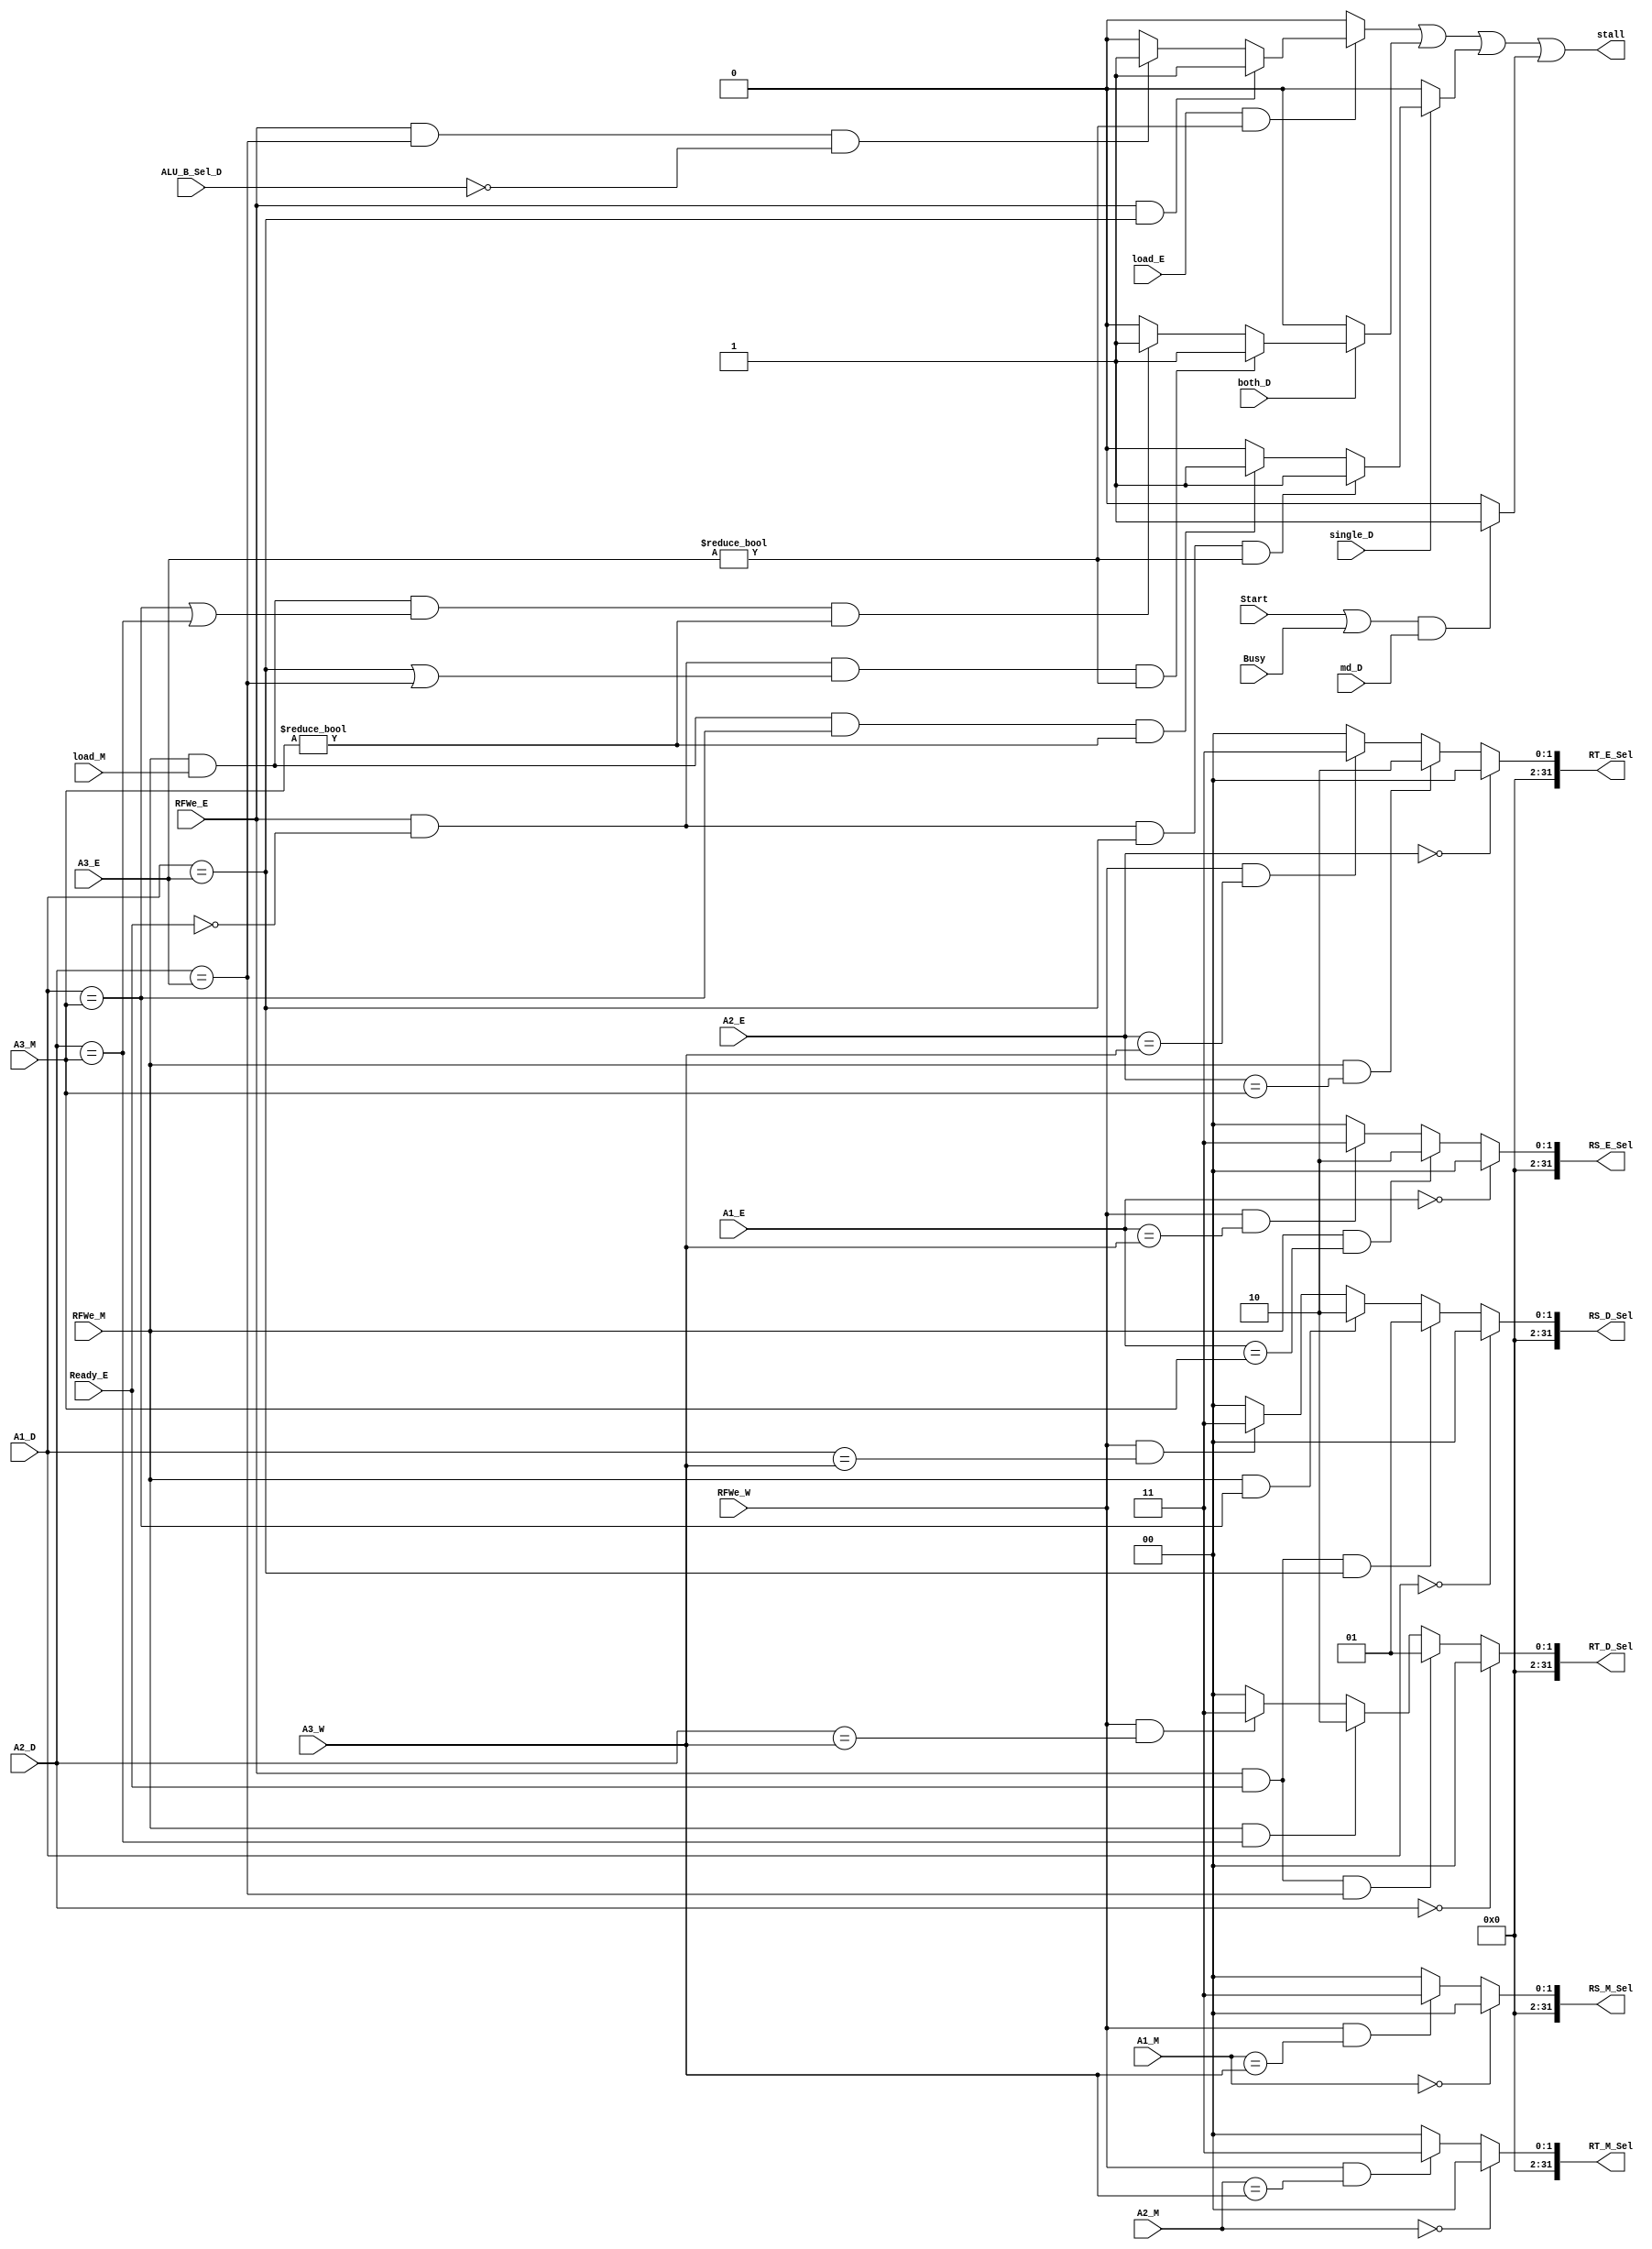
module HARZARD_CTRL(A1_D,A2_D,ALU_B_Sel_D,both_D,single_D,md_D,A1_E,A2_E,A3_E,RFWe_E,Ready_E,load_E,Start,Busy,A1_M,A2_M,A3_M,RFWe_M,load_M,A3_W,RFWe_W,RS_D_Sel,RT_D_Sel,RS_E_Sel,RT_E_Sel,RS_M_Sel,RT_M_Sel,stall);
//Input
//D
    input [4:0] A1_D;
    input [4:0] A2_D;
    input [31:0] ALU_B_Sel_D; //judge whether A2 will be used to accelerate stall_load 
    input both_D;             //Ins_D needs to access both rs and rt
    input single_D;           //Ins_D only needs to access rs
    input md_D;

//E
    input [4:0] A1_E;
    input [4:0] A2_E;
    input [4:0] A3_E;  //reg to write in level EXE
    input RFWe_E;
    input Ready_E;     //forward E to D if ready
    input load_E;      //Ins_E needs to load value from DM
    input Start;
    input Busy;

//M
	input [4:0] A1_M;
    input [4:0] A2_M;
    input [4:0] A3_M;
    input RFWe_M;
	input load_M;

//W
    input [4:0] A3_W;
    input RFWe_W;

//Output
    output reg [31:0] RS_D_Sel;
    output reg [31:0] RT_D_Sel;
    output reg [31:0] RS_E_Sel;
    output reg [31:0] RT_E_Sel;
	output reg [31:0] RS_M_Sel;
    output reg [31:0] RT_M_Sel;

    output stall;

//Forward
    always @(*)
        begin
            RS_D_Sel=0;     //avoid latch
            RT_D_Sel=0;
            RS_E_Sel=0;
            RT_E_Sel=0;
			RS_M_Sel=0;
            RT_M_Sel=0;
        
            //RS_D
            if(A1_D==0)RS_D_Sel=0;          //forward $0 (i.e. RD1 originally)
            else if(RFWe_E&&Ready_E&&A1_D==A3_E)RS_D_Sel=1;   //RF_WD_E
            else if(RFWe_M&&A1_D==A3_M)RS_D_Sel=2;            //RF_WD_M
            else if(RFWe_W&&A1_D==A3_W)RS_D_Sel=3;            //RF_WD_W

            //RT_D
            if(A2_D==0)RT_D_Sel=0;         //forward $0
            else if(RFWe_E&&Ready_E&&A2_D==A3_E)RT_D_Sel=1;   //RF_WD_E
            else if(RFWe_M&&A2_D==A3_M)RT_D_Sel=2;            //RF_WD_M
            else if(RFWe_W&&A2_D==A3_W)RT_D_Sel=3;            //RF_WD_W

            //RS_E
            if(A1_E==0)RS_E_Sel=0;         //forward $0
            else if(RFWe_M&&A1_E==A3_M)RS_E_Sel=2;            //RF_WD_M
            else if(RFWe_W&&A1_E==A3_W)RS_E_Sel=3;            //RF_WD_W

            //RT_E
            if(A2_E==0)RT_E_Sel=0;         //forward $0
            else if(RFWe_M&&A2_E==A3_M)RT_E_Sel=2;            //RF_WD_M
            else if(RFWe_W&&A2_E==A3_W)RT_E_Sel=3;            //RF_WD_W

			//RS_M
			if(A1_M==0)RS_M_Sel=0;		   //forward $0
			else if(RFWe_W&&A1_M==A3_W)RS_M_Sel=3;			  //RF_WD_W

            //RT_M
            if(A2_M==0)RT_M_Sel=0;         //forward $0
            else if(RFWe_W&&A2_M==A3_W)RT_M_Sel=3;            //RF_WD_W

        end

//Stall
    reg stall_load;        //wait until value is loaded from DM
    reg stall_both;        //wait until both rs&rt values are ready
    reg stall_single;      //wait until as long as rs is ready
    reg stall_md;          //wait until md finishes calculation

    always @(*)
        begin
            stall_load=0;
            stall_both=0;
            stall_single=0;
            stall_md=0;

            //stall_load
            if(load_E&&A3_E!=0)		//when A3_E is 0, no need to stall. 
                begin
                    if(RFWe_E&&A1_D==A3_E)stall_load=1;
                    else if(RFWe_E&&A2_D==A3_E&&ALU_B_Sel_D==0)stall_load=1;  //ALU_B_Sel_D=0 means A2 will be used as ALU_B
                end

            //stall_both
            if(both_D)
                begin
                    if(RFWe_E&&!Ready_E&&((A1_D==A3_E)||(A2_D==A3_E))&&A3_E!=0)stall_both=1;
                    else if(RFWe_M&&load_M&&((A1_D==A3_M)||(A2_D==A3_M))&&A3_M!=0)stall_both=1;
                end

            //stall_single
            if(single_D)
                begin
                    if(RFWe_E&&!Ready_E&&(A1_D==A3_E)&&A3_E!=0)stall_single=1;
                    else if(RFWe_M&&load_M&&(A1_D==A3_M)&&A3_M!=0)stall_single=1;
                end

            //stall_md
            if((Start||Busy)&&md_D)stall_md=1;

        end

    assign stall=stall_load||stall_both||stall_single||stall_md;

endmodule